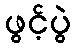
ဖွင့်ပွဲ